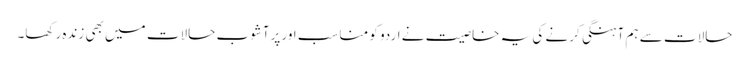
حالات سے ہم آہنگی کرنے کی یہ خاصیت نے اردو کو مناسب اور پرآشوب حالات میں بھی زندہ رکھا۔